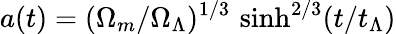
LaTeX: a(t)=(\Omega_{m}/\Omega_{\Lambda})^{1/3}\, \sinh^{2/3}(t/t_{\Lambda})